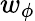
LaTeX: w_{\phi}